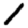
Digit: 1